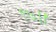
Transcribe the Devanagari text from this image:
९७।।